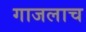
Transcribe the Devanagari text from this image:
गाजलाच